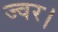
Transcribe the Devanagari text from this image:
ज्वर।